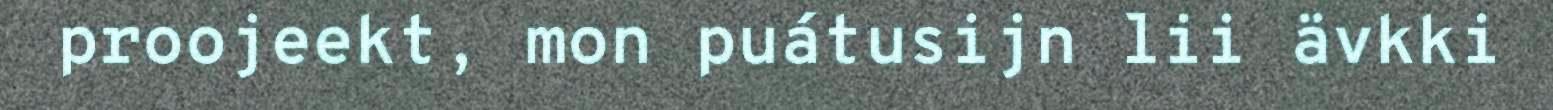
proojeekt, mon puátusijn lii ävkki